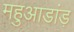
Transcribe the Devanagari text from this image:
महुआडांड़